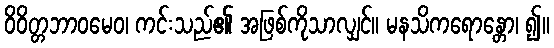
ဝိဝိတ္တဘာဝမေဝ၊ ကင်းသည်၏ အဖြစ်ကိုသာလျှင်။ မနသိကရောန္တော၊ ၍။